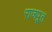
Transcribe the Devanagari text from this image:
राजपूुत